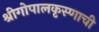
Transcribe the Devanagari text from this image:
श्रीगोपालकृस्णाची